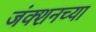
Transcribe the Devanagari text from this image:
जंक्शनच्या